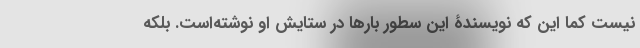
نیست کما این که نویسندۀ این سطور بارها در ستایش او نوشته‌است. بلکه